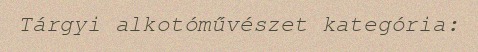
Tárgyi alkotóművészet kategória: